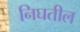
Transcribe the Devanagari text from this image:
निघतील